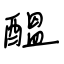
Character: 醞